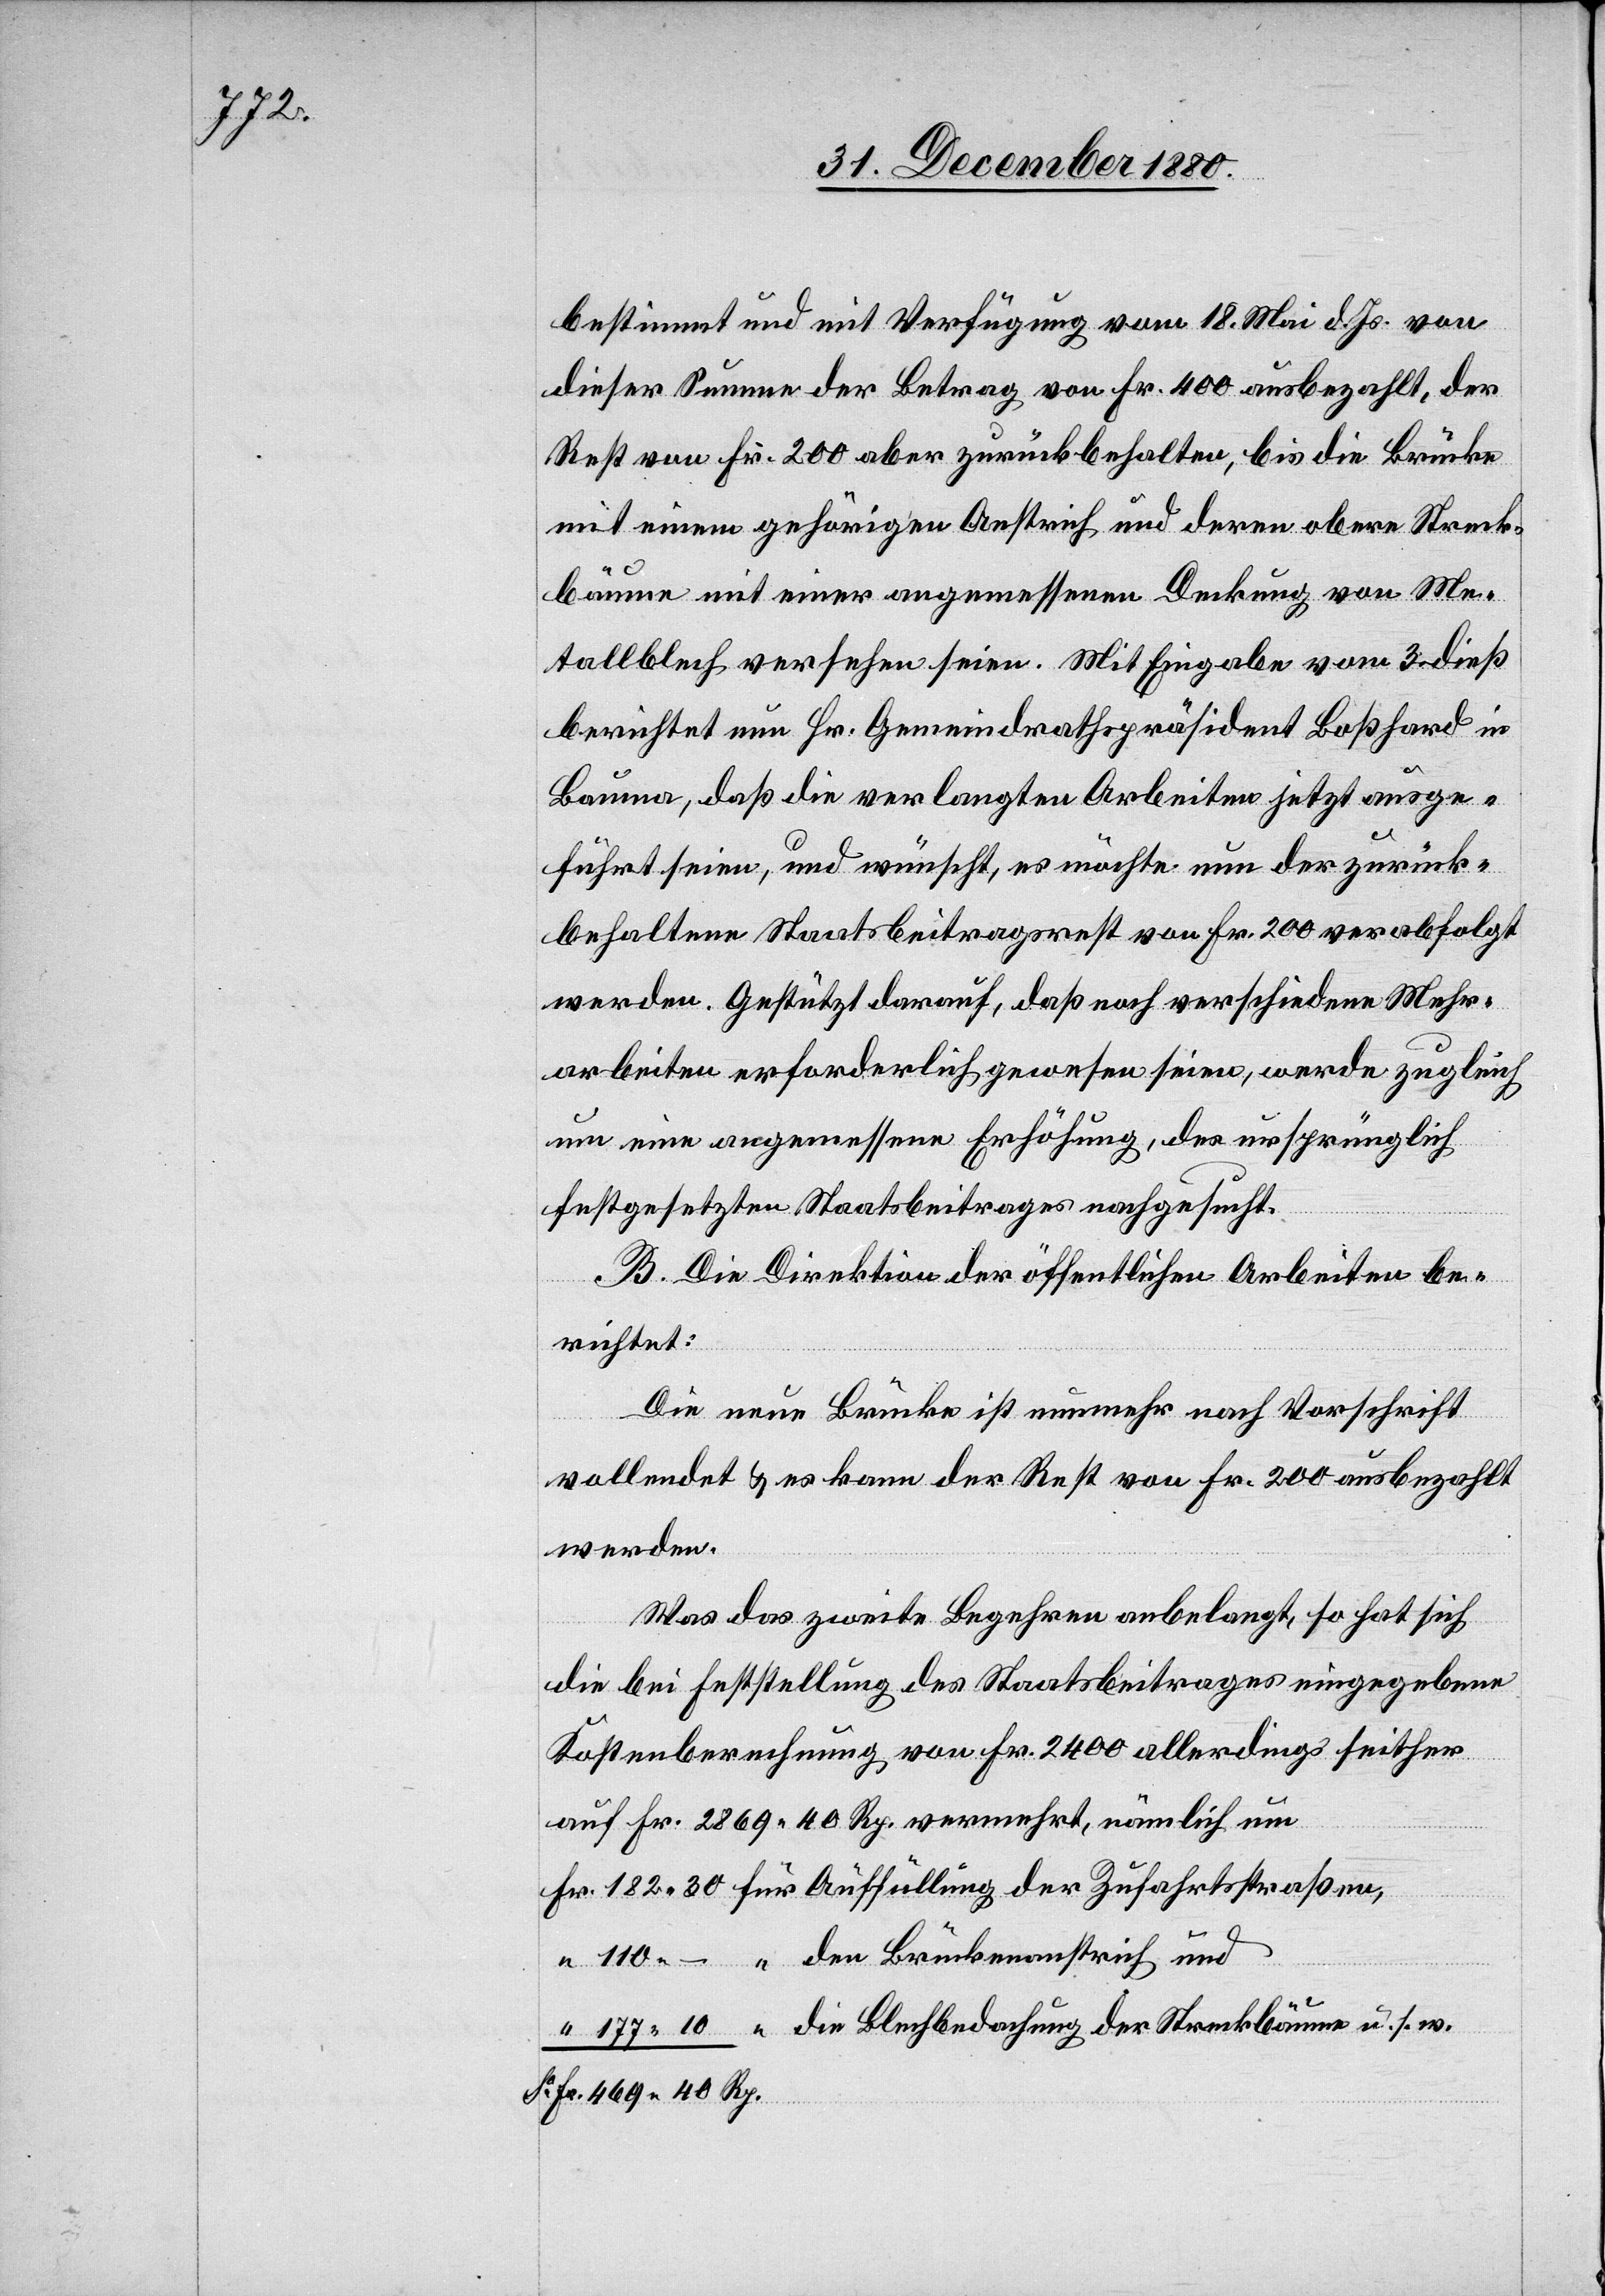
bestimmt und mit Verfügung vom 18. Mai d. Js. von
dieser Summe der Betrag von Fr. 400 ausbezahlt, der
Rest von Fr. 200 aber zurückbehalten, bis die Brücke
mit einem gehörigen Anstrich und deren obere Streck¬
bäume mit einer angemessenen Deckung von Me¬
tallblech versehen seien. Mit Eingabe vom 3. dieß
berichtet nun Hr. Gemeindrathspräsident Boßhard in
Bauma, daß die verlangten Arbeiten jetzt ausge¬
führt seien, und wünscht es möchte nun der zurück¬
behaltene Staatsbeitragsrest von Fr. 200 verabfolgt
werden. Gestützt darauf, daß noch verschiedene Mehr¬
arbeiten erforderlich gewesen seien, werde zugleich
um eine angemessene Erhöhung, des ursprünglich
festgesetzten Staatsbeitrages nachgesucht.
B. Die Direktion der öffentlichen Arbeiten be¬
richtet:
Die neue Brücke ist nunmehr nach Vorschrift
vollendet & es kann der Rest von Fr. 200 ausbezahlt
werden.
Was das zweite Begehren anbelangt, so hat sich
die bei Feststellung des Staatsbeitrages eingegebene
Kostenberechnung von Fr. 2400 allerdings seither
auf Fr. 2869 40 Rp. vermehrt, nämlich um
30
die Blechbedachung der Streckbäume u. s. w.